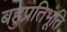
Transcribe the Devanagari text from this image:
बहुप्रतिभूति